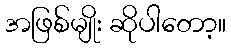
အဖြစ်မျိုး ဆိုပါတော့။